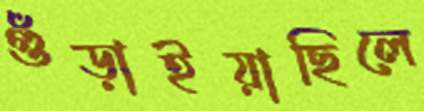
গুঁড়াইয়াছিলে